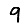
Digit: 9